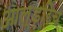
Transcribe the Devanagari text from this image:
आल्डरिच